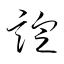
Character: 諚